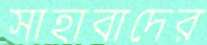
সাহাবাদের